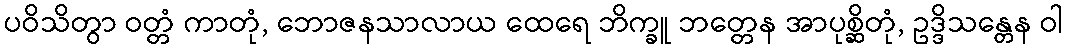
ပဝိသိတွာ ဝတ္တံ ကာတုံ, ဘောဇနသာလာယ ထေရေ ဘိက္ခူ ဘတ္တေန အာပုစ္ဆိတုံ, ဥဒ္ဒိသန္တေန ဝါ